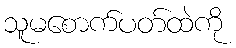
သူမစောက်ပတ်ထဲကို